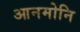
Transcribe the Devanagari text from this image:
आनमोनि